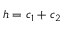
h = c _ { 1 } + c _ { 2 }